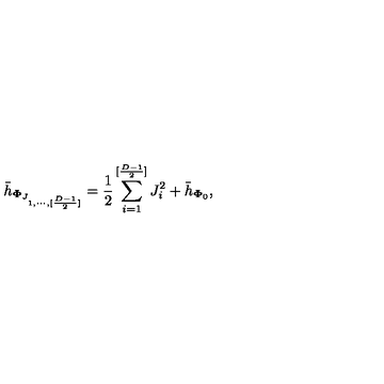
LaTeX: { \bar { h } } _ { { \bf \Phi } _ { J _ { 1 , \cdots , [ { \frac { D - 1 } { 2 } } ] } } } = { \frac { 1 } { 2 } } \sum _ { i = 1 } ^ { [ { \frac { D - 1 } { 2 } } ] } J _ { i } ^ { 2 } + { \bar { h } } _ { { \bf \Phi } _ { 0 } } ,